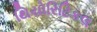
થિયોરિટિકલ